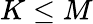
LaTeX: K\le M